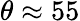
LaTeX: \theta\approx 55